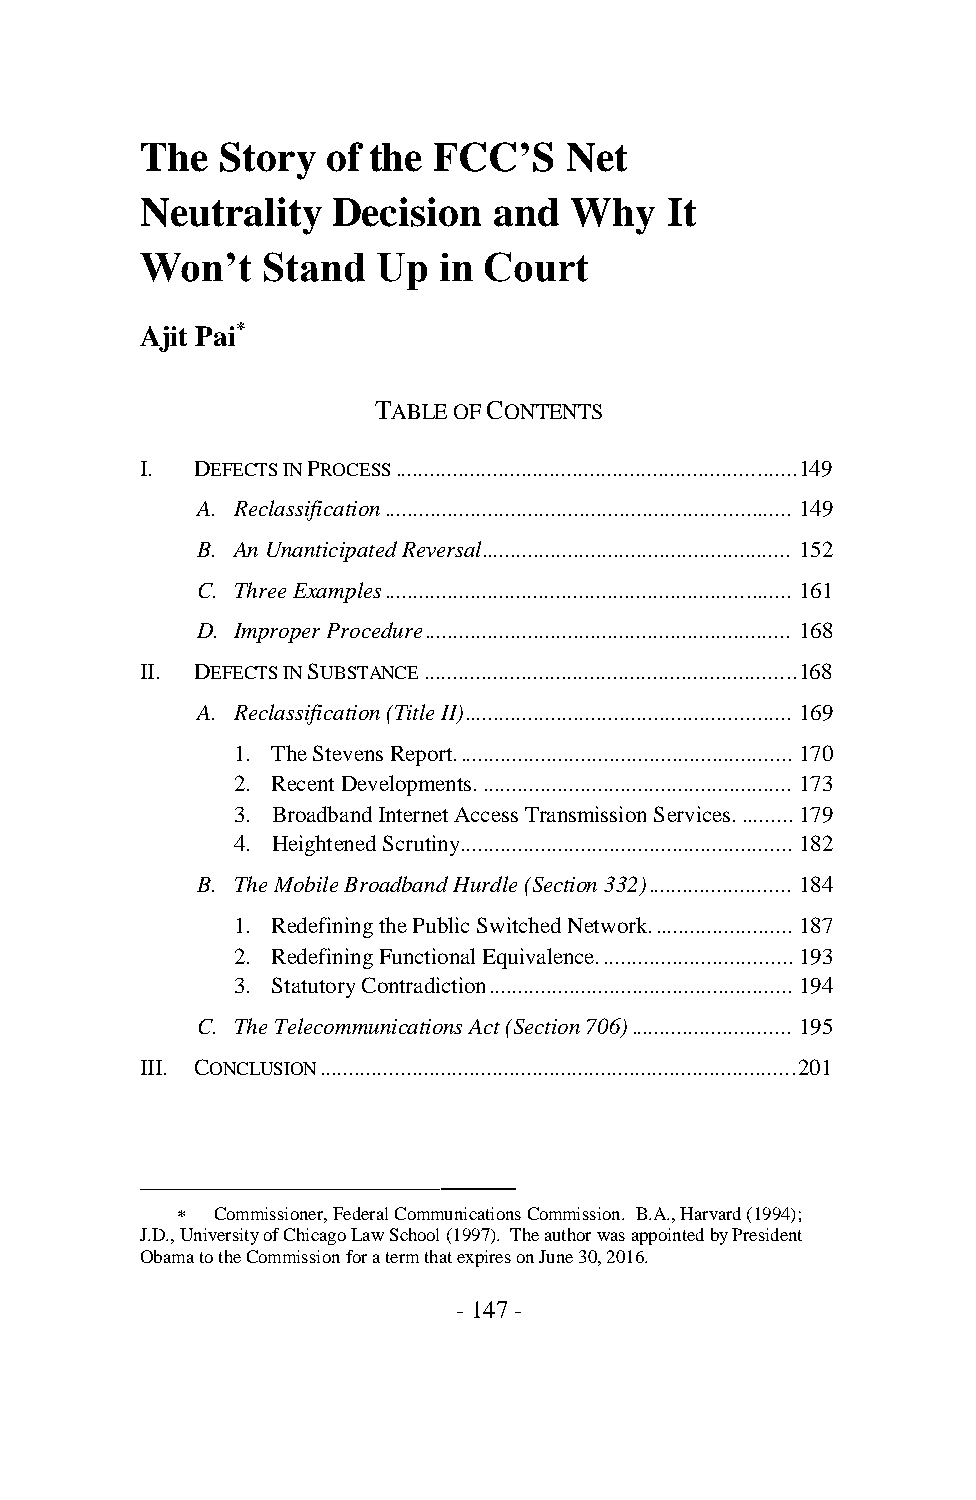
The   Story  of the FCC’S   Net
 Neutrality   Decision   and  Why   It
 Won’t   Stand   Up  in Court
 Ajit Pai*
 TABLE OF CONTENTS
 I.  DEFECTS IN PROCESS ......................................................................149
 A. Reclassification ....................................................................... 149
 B. An Unanticipated Reversal ...................................................... 152
 C. Three Examples ....................................................................... 161
 D. Improper Procedure ................................................................ 168
 II. DEFECTS IN SUBSTANCE .................................................................168
 A. Reclassification (Title II) ......................................................... 169
 1. The Stevens Report. .......................................................... 170
 2. Recent Developments. ...................................................... 173
 3. Broadband Internet Access Transmission Services. ......... 179
 4. Heightened Scrutiny.......................................................... 182
 B. The Mobile Broadband Hurdle (Section 332) ......................... 184
 1. Redefining the Public Switched Network. ........................ 187
 2. Redefining Functional Equivalence. ................................. 193
 3. Statutory Contradiction ..................................................... 194
 C. The Telecommunications Act (Section 706) ............................ 195
 III. CONCLUSION ...................................................................................201
 ———
  Commissioner, Federal Communications Commission. B.A., Harvard (1994);
 J.D., University of Chicago Law School (1997). The author was appointed by President
 Obama to the Commission for a term that expires on June 30, 2016.
 - 147 -